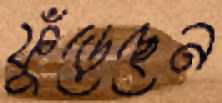
ফুঁড়েছেন